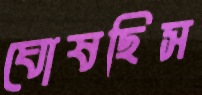
ঘোষছিস